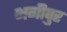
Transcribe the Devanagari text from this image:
भगीपुर